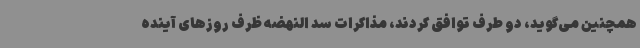
همچنین می‌گوید، دو طرف توافق کردند، مذاکرات سد النهضه ظرف روزهای آینده